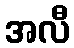
အလီ